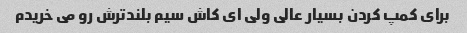
برای کمپ کردن بسیار عالی ولی ای کاش سیم بلندترش رو می خریدم